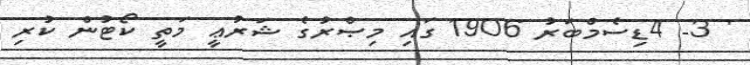
' 3- 4ޑިސެމްބަރު 1906 ގައި މިޞްރުގެ ޝަރުޢީ މަތީ ކޯޓުން ކުރި